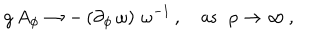
LaTeX: g \, A _ { \phi } \to - \, ( \partial _ { \phi } \, \omega ) \, \, \omega ^ { - 1 } \, , \quad \mathrm { a s } \; \; \rho \to \infty \, ,